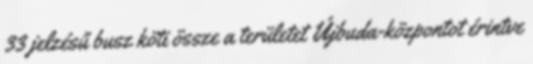
33 jelzésű busz köti össze a területet Újbuda-központot érintve